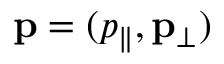
\mathbf { p } = ( p _ { \| } , \mathbf { p } _ { \perp } )